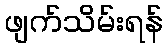
ဖျက်သိမ်းရန်